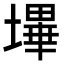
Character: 𭏬